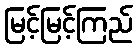
မြင့်မြင့်ကြည်